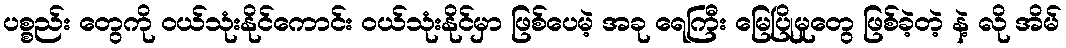
ပစ္စည်း တွေကို ဝယ်သုံးနိုင်ကောင်း ဝယ်သုံးနိုင်မှာ ဖြစ်ပေမဲ့ အခု ရေကြီး မြေပြိုမှုတွေ ဖြစ်ခဲ့တဲ့ နဲ့ လို အိမ်